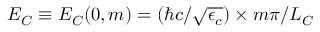
E _ { C } \equiv E _ { C } ( 0 , m ) = ( \hbar c / \sqrt { \epsilon _ { c } } ) \times m \pi / L _ { C }